Annual administration report of the Civil Veterinary Department of India - 1895-1896
Year: 1895
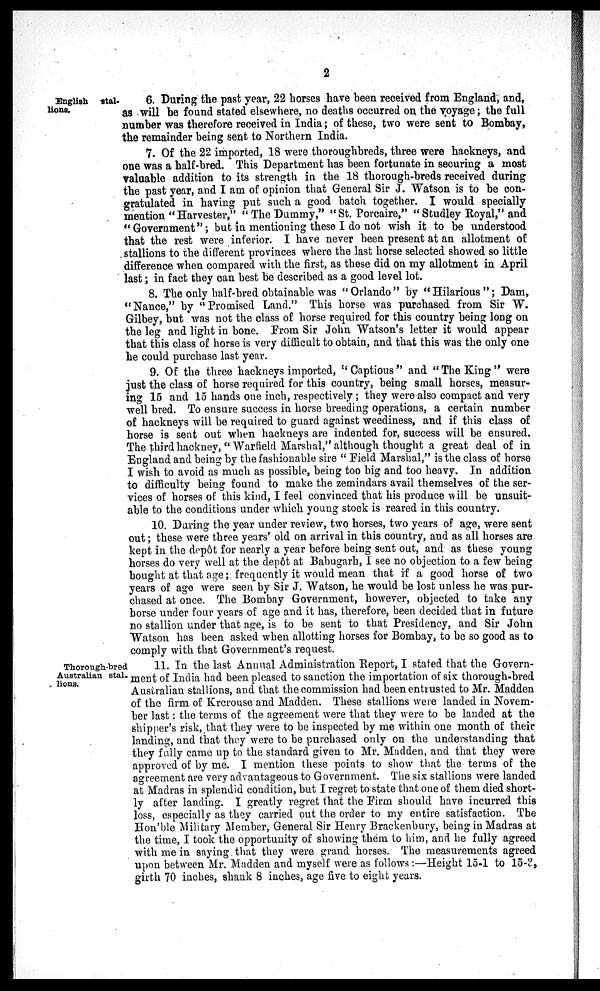
2
English
stal-
lions.
6. During the past year, 22 horses have been received from England, and,
as will be found stated elsewhere, no deaths occurred on the voyage; the full
number was therefore received in India; of these, two were sent to Bombay,
the remainder being sent to Northern India.
7. Of the 22 imported, 18 were thoroughbreds, three were hackneys, and
one was a half-bred. This Department has been fortunate in securing a most
valuable addition to its strength in the 18 thorough-breds received during
the past year, and I am of opinion that General Sir J. Watson is to be con-
gratulated in having put such a good batch together. I would specially
mention "Harvester," "The Dummy," "St. Porcaire," "Studley Royal," and
"Government"; but in mentioning these I do not wish it to be understood
that the rest were inferior. I have never been present at an allotment of
stallions to the different provinces where the last horse selected showed so little
difference when compared with the first, as these did on my allotment in April
last; in fact they can best be described as a good level lot.
8. The only half-bred obtainable was "Orlando" by "Hilarious"; Dam,
"Nance," by "Promised Land." This horse was purchased from Sir W.
Gilbey, but was not the class of horse required for this country being long on
the leg and light in bone. From Sir John Watson's letter it would appear
that this class of horse is very difficult to obtain, and that this was the only one
he could purchase last year.
9. Of the three hackneys imported, "Captious" and "The King" were
just the class of horse required for this country, being small horses, measur-
ing 15 and 15 hands one inch, respectively; they were also compact and very
well bred. To ensure success in horse breeding operations, a certain number
of hackneys will be required to guard against weediness, and if this class of
horse is sent out when hackneys are indented for, success will be ensured.
The third hackney, "Warfield Marshal," although thought a great deal of in
England and being by the fashionable sire "Field Marshal," is the class of horse
I wish to avoid as much as possible, being too big and too heavy. In addition
to difficulty being found to make the zemindars avail themselves of the ser-
vices of horses of this kind, I feel convinced that his produce will be unsuit-
able to the conditions under which young stock is reared in this country.
10. During the year under review, two horses, two years of age, were sent
out; these were three years' old on arrival in this country, and as all horses are
kept in the depôt for nearly a year before being sent out, and as these young
horses do very well at the depôt at Babugarh, I see no objection to a few being
bought at that age; frequently it would mean that if a good horse of two
years of age were seen by Sir J. Watson, he would be lost unless he was pur-
chased at once. The Bombay Government, however, objected to take any
horse under four years of age and it has, therefore, been decided that in future
no stallion under that age, is to be sent to that Presidency, and Sir John
Watson has been asked when allotting horses for Bombay, to be so good as to
comply with that Government's request.
Thorough-bred
Australian stal-
lions.
11. In the last Annual Administration Report, I stated that the Govern-
ment of India had been pleased to sanction the importation of six thorough-bred
Australian stallions, and that the commission had been entrusted to Mr. Madden
of the firm of Krcrouse and Madden. These stallions were landed in Novem-
ber last: the terms of the agreement were that they were to be landed at the
shipper's risk, that they were to be inspected by me within one month of their
landing, and that they were to be purchased only on the understanding that
they fully came up to the standard given to Mr. Madden, and that they were
approved of by me. I mention these points to show that the terms of the
agreement are very advantageous to Government. The six stallions were landed
at Madras in splendid condition, but I regret to state that one of them died short-
ly after landing. I greatly regret that the Firm should have incurred this
loss, especially as they carried out the order to my entire satisfaction. The
Hon'ble Military Member, General Sir Henry Brackenbury, being in Madras at
the time, I took the opportunity of showing them to him, and he fully agreed
with me in saying that they were grand horses. The measurements agreed
upon between Mr. Madden and myself were as follows:—Height 15-1 to 15-3,
girth 70 inches, shank 8 inches, age five to eight years.